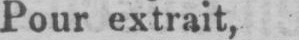
Pour extrait,